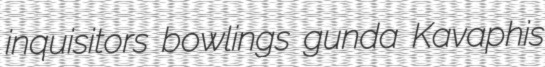
inquisitors bowlings gunda Kavaphis